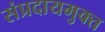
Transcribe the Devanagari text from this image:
संप्रदायमुक्त